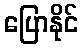
ပြောနိုင်